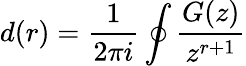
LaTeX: d(r)=\frac{1}{2\pi i}\oint\frac{G(z)}{z^{r+1}}